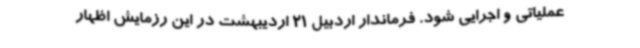
عملیاتی و اجرایی شود. فرماندار اردبیل 21 اردیبهشت در این رزمایش اظهار